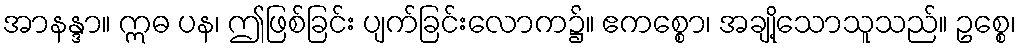
အာနန္ဒာ။ ဣဓ ပန၊ ဤဖြစ်ခြင်း ပျက်ခြင်းလောက၌။ ဧကစ္စော၊ အချို့သောသူသည်။ ဥစ္စေ၊